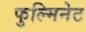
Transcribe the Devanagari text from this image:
फुल्मिनेट